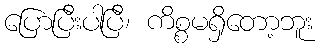
ပြောပြီးပါပြီ၊ ကိစ္စမရှိတော့ဘူး